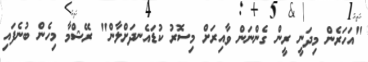
"އަހަރެން މިދަނީ ރީން ގެންނަން ވާއިރަށް މިސޮރު ކުޑައެނދަށްލާން" ރޭޝްމާ މިހެން ބުނެފައި